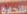
التجارة